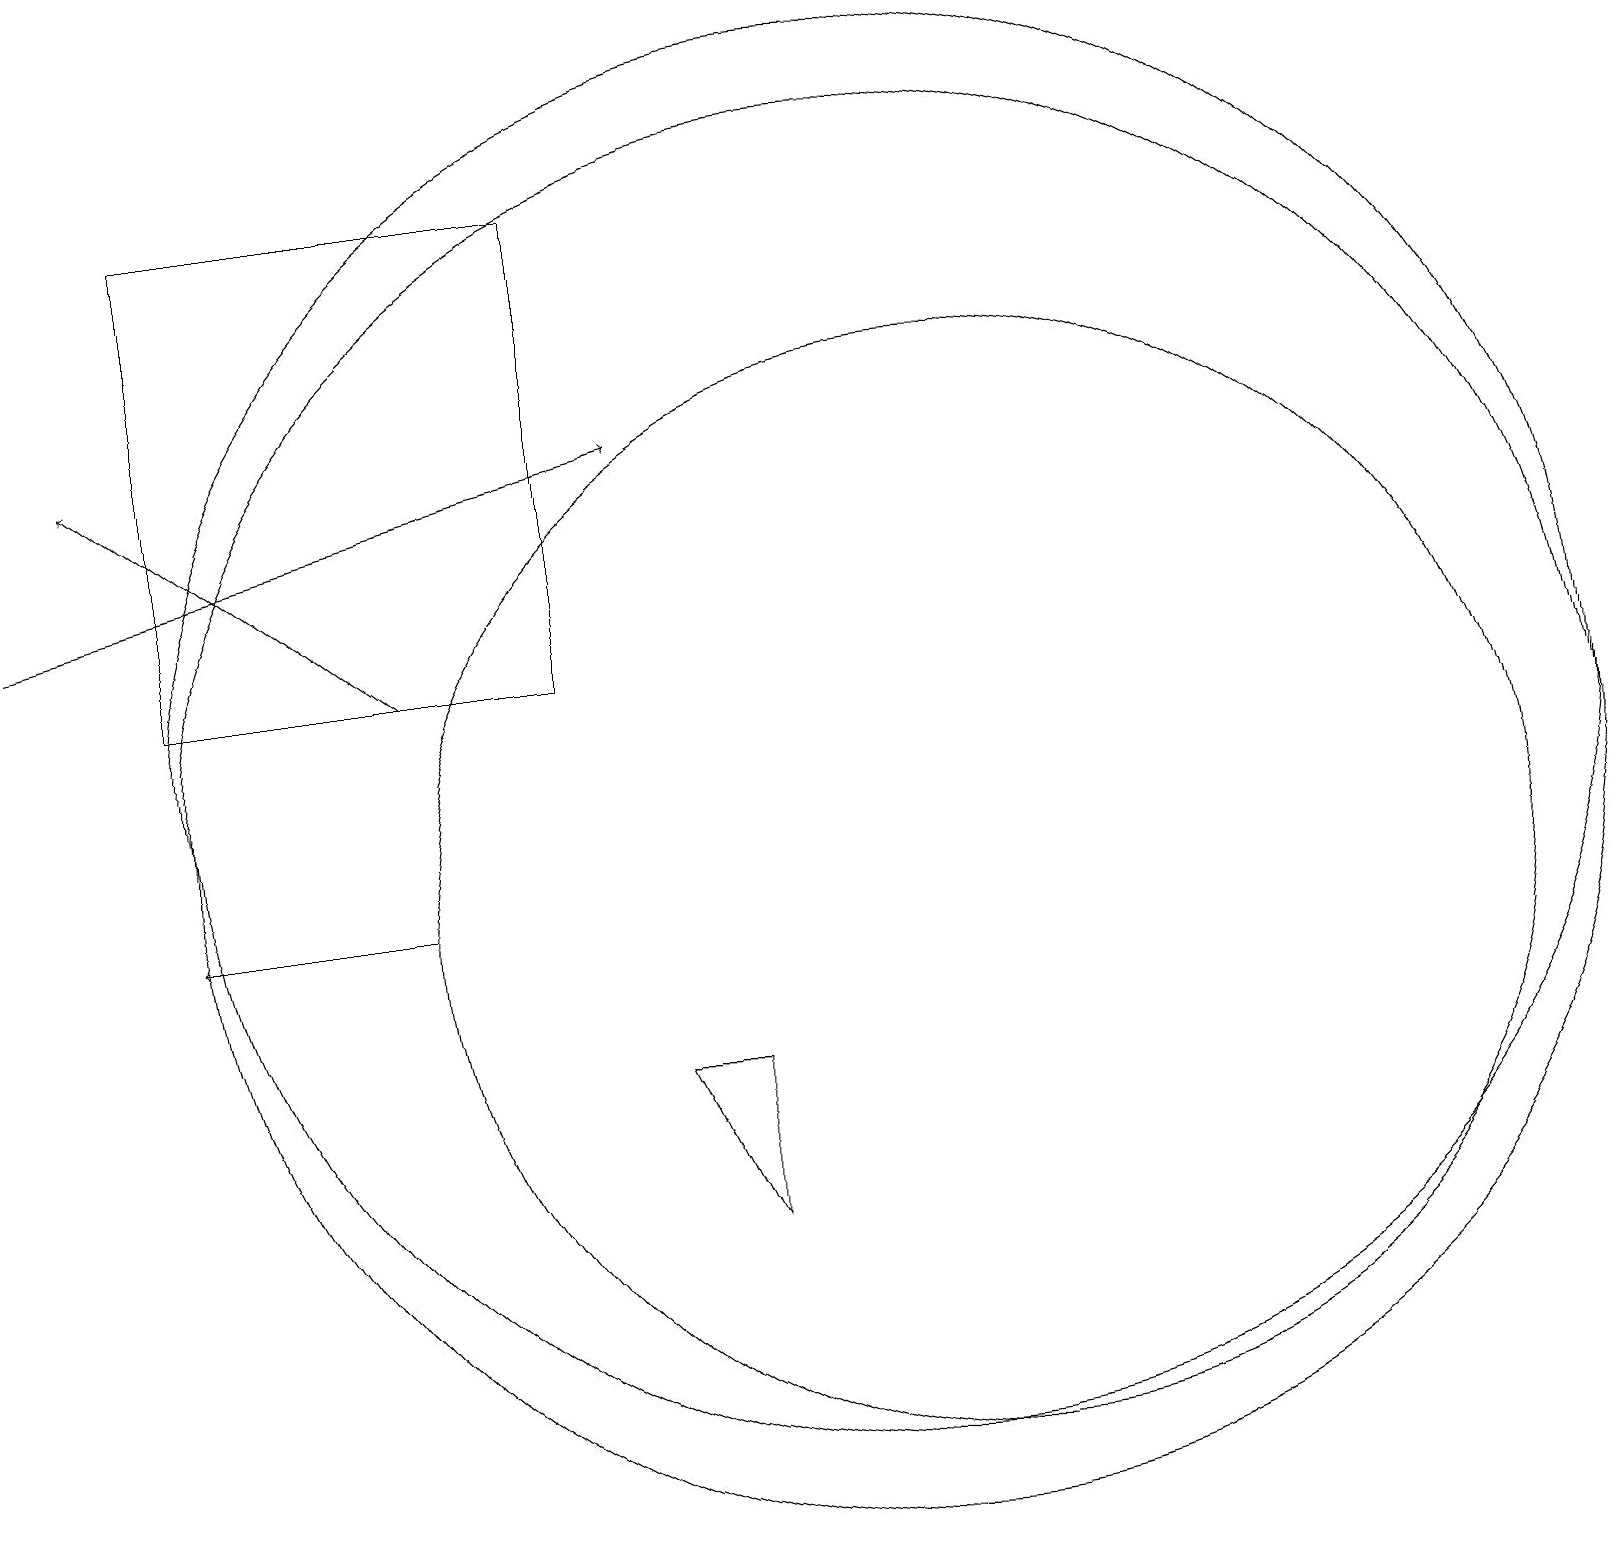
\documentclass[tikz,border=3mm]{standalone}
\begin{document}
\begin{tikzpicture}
\draw[->] (5,13) -- (1,16);
\draw (9,6) -- (8,8) -- (9,8) -- cycle;
\draw (7,19) rectangle (2,13);
\draw (11,12) circle (9);
\draw[->] (5,10) -- (2,10);
\draw (11,11) circle (9);
\draw (12,10) circle (7);
\draw[->] (0,14) -- (8,16);
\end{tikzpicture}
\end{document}